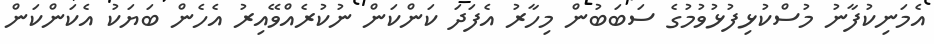
އެމަނިކުފާނު މުސްކުޅިފުޅުވުމުގެ ސަބަބުން މިހާރު އެފަދަ ކަންކަން ނުކުރެއްވޭއިރު އެހެން ބަޔަކު އެކަންކަން